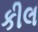
કીલ